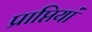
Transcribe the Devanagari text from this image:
प्राप्तियां